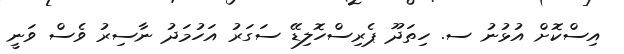
އިސްކޮށް އުޅުނު ސ. ހިތަދޫ ޕެރިސްހޮލިޑޭ ސަގަރު އަހުމަދު ނާސިރު ވެސް ވަނީ